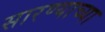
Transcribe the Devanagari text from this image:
सारण्याच्या